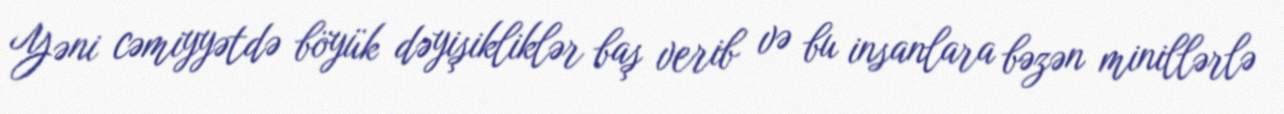
Yəni cəmiyyətdə böyük dəyişikliklər baş verib və bu insanlara bəzən minillərlə